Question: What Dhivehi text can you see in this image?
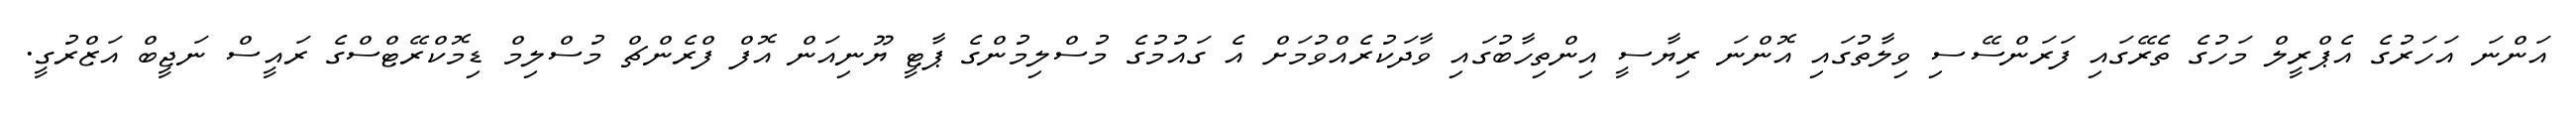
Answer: އަންނަ އަހަރުގެ އެޕްރީލް މަހުގެ ތެރޭގައި ފަރަންސޭސި ވިލާތުގައި އޮންނަ ރިޔާސީ އިންތިހާބުގައި ވާދަކުރެއްވުމަށް އެ ގައުމުގެ މުސްލިމުންގެ ޕާޓީ ޔޫނިއަން އޮފް ފްރެންޗް މުސްލިމް ޑިމޮކްރޭޓްސްގެ ރައީސް ނަޖީބް އަޒްރުގީ.